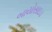
બાયોસાઇડ